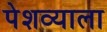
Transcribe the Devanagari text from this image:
पेशव्याला